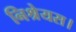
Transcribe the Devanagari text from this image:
निश्रेयस।